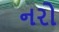
નરો